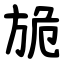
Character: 㫉